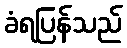
ခံရပြန်သည်